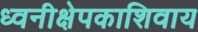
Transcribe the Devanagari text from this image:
ध्वनीक्षेपकाशिवाय